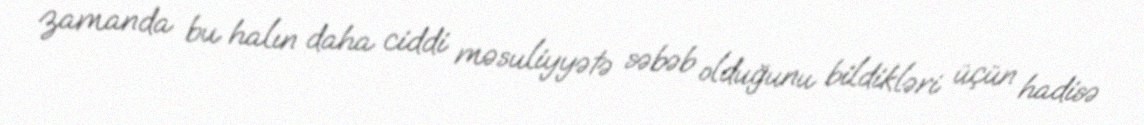
zamanda bu halın daha ciddi məsuliyyətə səbəb olduğunu bildikləri üçün hadisə